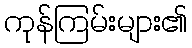
ကုန်ကြမ်းများ၏